Report on malaria in the Punjab during the year ...  together with an account of the work of the Punjab Malaria Bureau - Volume 4
Disease focus: Malaria
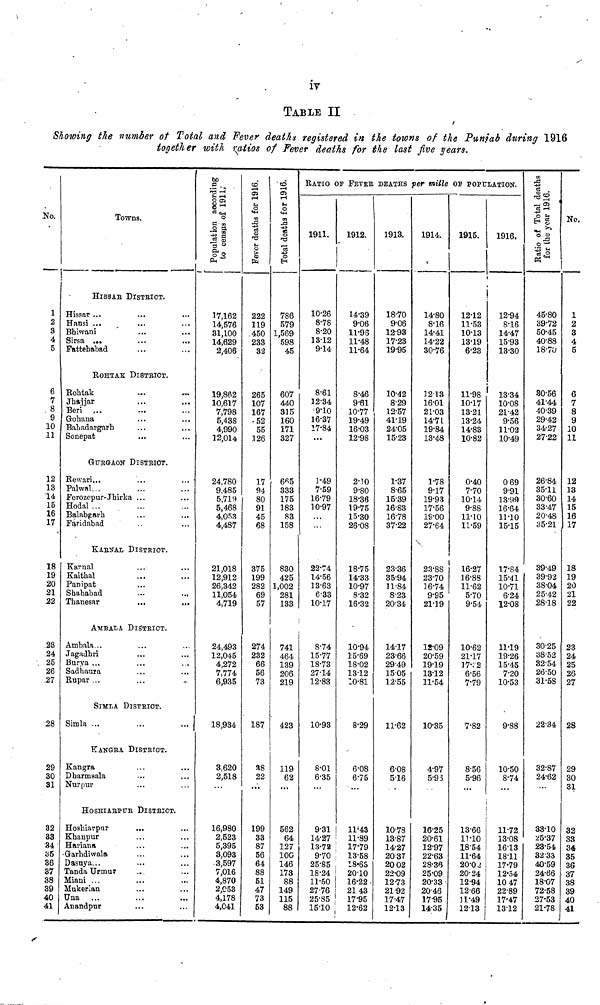
iv
TABLE II
Showing the number of Total and Fever deaths registered in the towns of the Punjab during 1916
together with ratios of Fever deaths for the last Jive years.
No.
1
2
3
4
5
6
7
8
9
10
11
12
13
14
15
16
17
18
19
20
21
22
28
24
25
26
27
28
29
30
31
32
33
34
35
36
37
38
39
40
41
Towns.
HISSAR DISTRICT.
Hissar ...
Hansi ...
Bhiwani
Sirsa ...
Fattehabad
ROHTAK DISTRICT.
Rohtak
...
...
Jhajjar
Beri ...
Gobana
Bahadargarh
Sonepat
GURGAON DISTRICT.
Rewari...
Palwal...
Ferozepur-Jhirka ...
Hodal ...
Balabgarh
Faridabad
KANAL DISTRICT.
Karnal
Kaithal
Panipat
Shababad
...
...
Thanesar
...
...
AMBALA DISTRICT.
Ambala ..
Jagadbri
Burya ...
Sadhaura
Rupar ..
SIMLA DISTRICT.
Simla ...
KANGRA DISTRICT.
Kangra
Dharmsala
Nurpur
HOSHIARPUR DISTRICT.
Hoshiarpur
...
Khanpur
Hariana
Garhdiwala
Dasuya...
Tanda Urmur
Miani ...
Mukerian
Una
Anandpur
Population according
to census of 1911.
17,162
14,576
31,100
14,629
2,406
19,862
10,617
7,798
5,438
4,990
12,014
24,780
9,485
5,719
5,468
4,053
4,487
21,018
12,912
26,342
11,054
4,719
24,493
12,045
4,272
7,774
6,935
18,934
3,620
2,518
16,980
2.523
5,395
3,093
3,597
7,016
4,870
2,053
4,178
4,041
Fever deaths for 1916.
222
119
450
233
32
265
107
167
52
55
126
17
94
80
91
45
68
375
199
282
69
57
274
232
66
56
73
187
38
22
...
199
33
87
56
64
88
51
47
73
53
Total detjs for 1916.
786
579
1,569
598
45
607
440
315
160
171
327
665
333
175
183
83
158
830
425
1,002
281
133
741
464
139
206
219
423
119
62
...
562
64
127
100
146
173
88
149
115
88
RATIO OF FEVER DEATHS per mille OF POPULATION.
1911.
10.26
8.78
8.20
13.12
9.14
8.61
12.34
9.10
16.37
17.84
...
1.49
7.59
16.79
10.97
22.74
14.56
13.63
6.33
10.17
8.74
15.77
18.73
27.14
12.83
10.93
8.01
6.35
9.31
14.27
13.72
9.70
25.85
18.24
11.50
27.76
25.85
15.10
1912.
14.39
9.06
11.96
11.48
11.64
8.46
9.61
10.77
19.49
16.03
12.98
2.10
9.80
18.36
19.75
15.30
26.08
18.75
14.33
10.97
8.32
16.32
10.94
15.69
18.02
13.12
10.81
8.29
6.08
6.75
...
11.43
11.89
17.79
13.58
18.63
20.10
16.22
21 43
17.95
12.62
1913.
18.70
9.06
12.93
17.23
19.95
10.42
8.29
12.57
41.19
24.05
15.23
1.37
8.65
15.39
16.83
16.78
37.22
23.36
35.94
11.84
8.23
20.34
14.17
23.66
29.49
15.05
12.55
11.62
6.08
5.16
10.78
13.87
14.27
20.37
20 02
22.09
12.73
21.92
17.47
12.13
1914.
14.80
8.16
14.41
14.22
30.76
12.13
16.01
21.03
14.71
19.84
13.48
1.78
9.17
19.93
17.56
19.00
27.64
23.88
23.70
16.74
9.95
21.19
12.09
20.59
19.19
13.12
11.54
10.35
4.97
5.93
16.25
20.61
12.97
22.63
28.36
25.09
20.33
20.46
17.95
14.35
1915.
12.12
11.53
10.13
13.19
6.23
11.98
10.17
13.21
13.24
14.83
10.82
0.40
7.70
10.14
9.88
11.10
11.59
16.27
16.88
11.62
5.70
9.54
10.62
21.17
17 2
6.56
7-79
7.82
8.56
5.96
...
13.66
11.10
18.54
11.64
20.02
20.24
12.94
12.66
11.49
12.13
1916.
12.94
8.16
14.47
15.93
13.30
13.34
10.08
21.42
9.56
11.02
10.49
069
9.91
13.99
16.64
11.10
15.15
17.84
15.41
10.71
6.24
12.08
11.19
19.26
15.45
7.20
10.53
9.88
10.50
8.74
...
11.72
13.08
16.13
1811
17.79
12.54
10 47
22.89
17.47
13.12
Ratio ofRaio of de
45.80
39.72
50.45
40.88
18.70
30.56
41.44
40.39
29.42
34.27
27.22
26.84
35.11
30.60
33.47
20.48
35.21
39.49
39.92
38.04
25.42
28.18
30.25
38.52
32.54
26.50
31.58
22.34
32.87
24.62
33.10
25.37
23.54
3233
40.59
24.66
18.07
72.58
27.53
21.78
No.
1
2
3
4
5
6
7
8
9
10
11
12
13
14
15
16
17
18
19
20
21
22
23
24
25
26
27
28
29
30
31
32
33
34
35
36
37
38
39
40
41